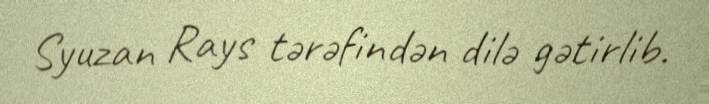
Syuzan Rays tərəfindən dilə gətirlib.